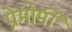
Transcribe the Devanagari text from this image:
प्रेमोर्मी